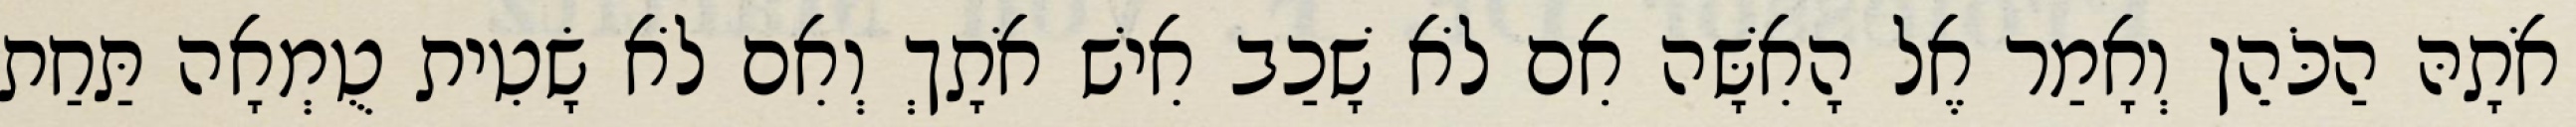
אֹתָהּ הַכֹּהֵן וְאָמַר אֶל הָאִשָּׁה אִם לֹא שָׁכַב אִישׁ אֹתָךְ וְאִם לֹא שָׂטִית טֻמְאָה תַּחַת